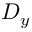
D _ { y }